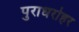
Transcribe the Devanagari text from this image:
पुराधरोहर